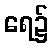
ရေ၌